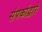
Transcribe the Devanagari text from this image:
संपर्काद्वारे